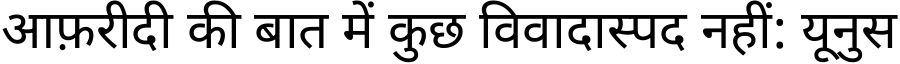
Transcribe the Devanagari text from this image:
आफ़रीदी की बात में कुछ विवादास्पद नहीं: यूनुस